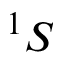
^ 1 S